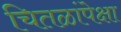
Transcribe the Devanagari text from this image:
चितळांपेक्षा